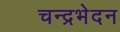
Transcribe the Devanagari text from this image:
चन्द्रभेदन